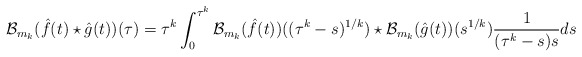
\begin{align*}\mathcal{B}_{m_k}( \hat{f}(t) \star \hat{g}(t) )(\tau) = \tau^{k}\int_{0}^{\tau^{k}}\mathcal{B}_{m_k}(\hat{f}(t))((\tau^{k}-s)^{1/k}) \star \mathcal{B}_{m_k}(\hat{g}(t))(s^{1/k}) \frac{1}{(\tau^{k}-s)s} ds\end{align*}